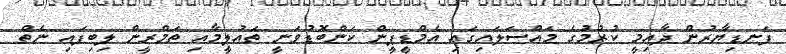
ފަނޑިޔާރުން ދާއިމީ ކުރުމުގެ މައްސަލައިގައި އެމްޑީޕީން ކަންބޮޑުވަނީ ތަޢުލީމާއި ތަމްރީން ލިބިފައި ނެތް